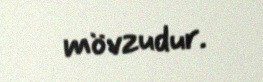
mövzudur.